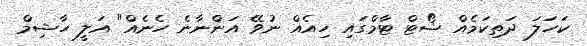
ކަހަލަ ދަތިކަމެއް ޝޯޓް ޓާމްގައި ހިއެއް ނުވޭ އަންނާނެ ހެނެއް" އަލީ ހާޝިމް